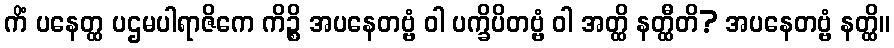
ကိံ ပနေတ္ထ ပဌမပါရာဇိကေ ကိဉ္စိ အပနေတဗ္ဗံ ဝါ ပက္ခိပိတဗ္ဗံ ဝါ အတ္ထိ နတ္ထီတိ? အပနေတဗ္ဗံ နတ္ထိ။